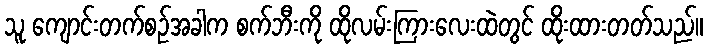
သူ ကျောင်းတက်စဉ်အခါက စက်ဘီးကို ထိုလမ်းကြားလေးထဲတွင် ထိုးထားတတ်သည်။